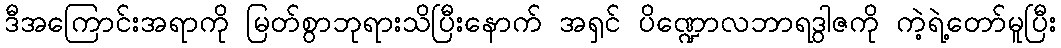
ဒီအကြောင်းအရာကို မြတ်စွာဘုရားသိပြီးနောက် အရှင် ပိဏ္ဍောလဘာရဒွါဇကို ကဲ့ရဲ့တော်မူပြီး